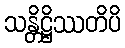
သန္တိဋ္ဌိဿတိပိ